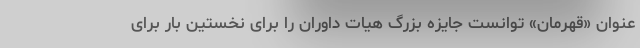
عنوان «قهرمان» توانست جایزه بزرگ هیات داوران را برای نخستین بار برای